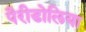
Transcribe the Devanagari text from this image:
पैरीडोलिया